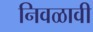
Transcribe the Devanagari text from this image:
निवळावी